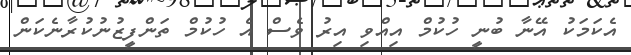
އެކަމަކު އޭނާ ބުނީ ހުކުމް އިއްވި އިރު ވެސް އެ ހުކުމް ތަންފީޒުނުކުރާނެކަން